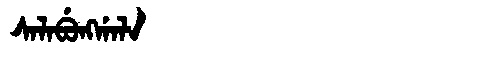
Manchu: ᠰᠠᠯᠠᠪᡠᠩᡤᠠᠯᠠ
Romanization: SALABUNGGALA